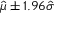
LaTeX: { \hat { \mu } } \pm 1 . 9 6 { \hat { \sigma } }